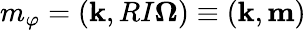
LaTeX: m_{\varphi}=({\mathbf k},RI{\boldsymbol\Omega})\equiv({\mathbf k},{\mathbf m})